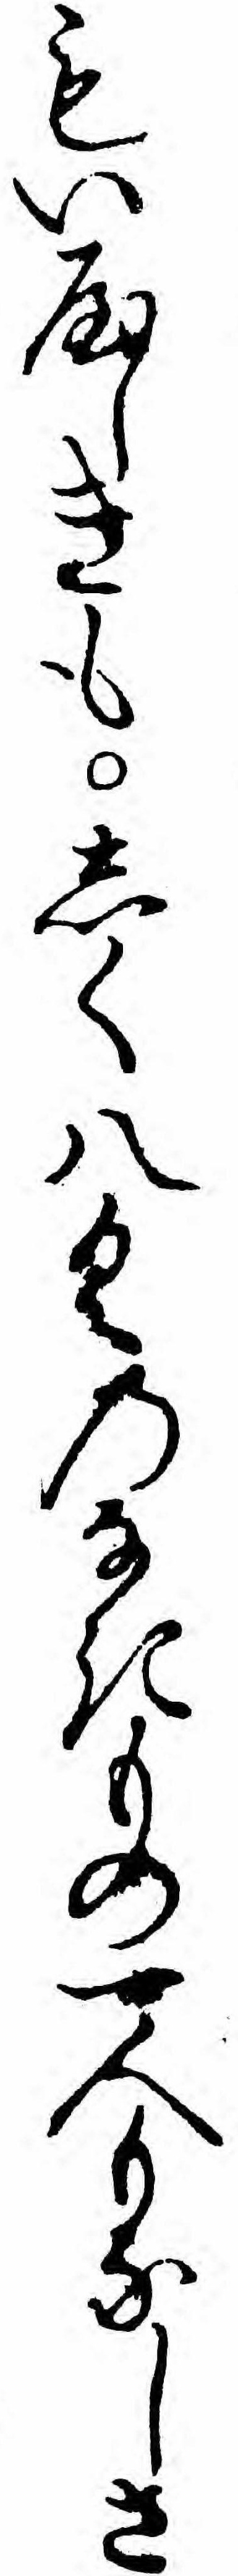
もいやしきもしく八くのなきもの一人もなしさ